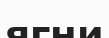
ягни